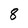
Character: 8